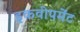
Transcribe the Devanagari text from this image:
इकवीपमेंट